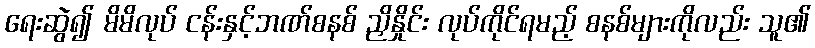
ရေးဆွဲ၍ မိမိလုပ် ငန်းနှင့်ဘဏ်စနစ် ညှိနှိုင်း လုပ်ကိုင်ရမည့် စနစ်များကိုလည်း သူ၏